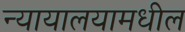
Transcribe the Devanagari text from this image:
न्यायालयामधील